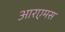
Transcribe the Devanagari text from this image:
आरएमस